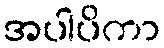
အပါပိကာ